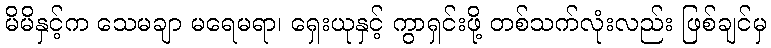
မိမိနှင့်က သေမချာ မရေမရာ၊ ရှေးယုနှင့် ကွာရှင်းဖို့ တစ်သက်လုံးလည်း ဖြစ်ချင်မှ